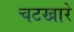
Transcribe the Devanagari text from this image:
चटखारे